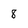
Character: 8